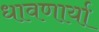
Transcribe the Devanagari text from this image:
धावणार्या